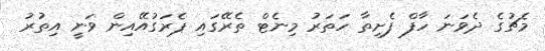
މެޗުގެ ދެވަނަ ހާފް ފެށިތާ ހަތަރު މިނެޓް ތެރޭގައި ޕެރަގުއޭއިން ވަނީ އިތުރު